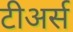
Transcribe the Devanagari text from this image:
टीअर्स